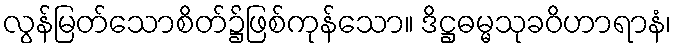
လွန်မြတ်သောစိတ်၌ဖြစ်ကုန်သော။ ဒိဋ္ဌဓမ္မသုခဝိဟာရာနံ၊